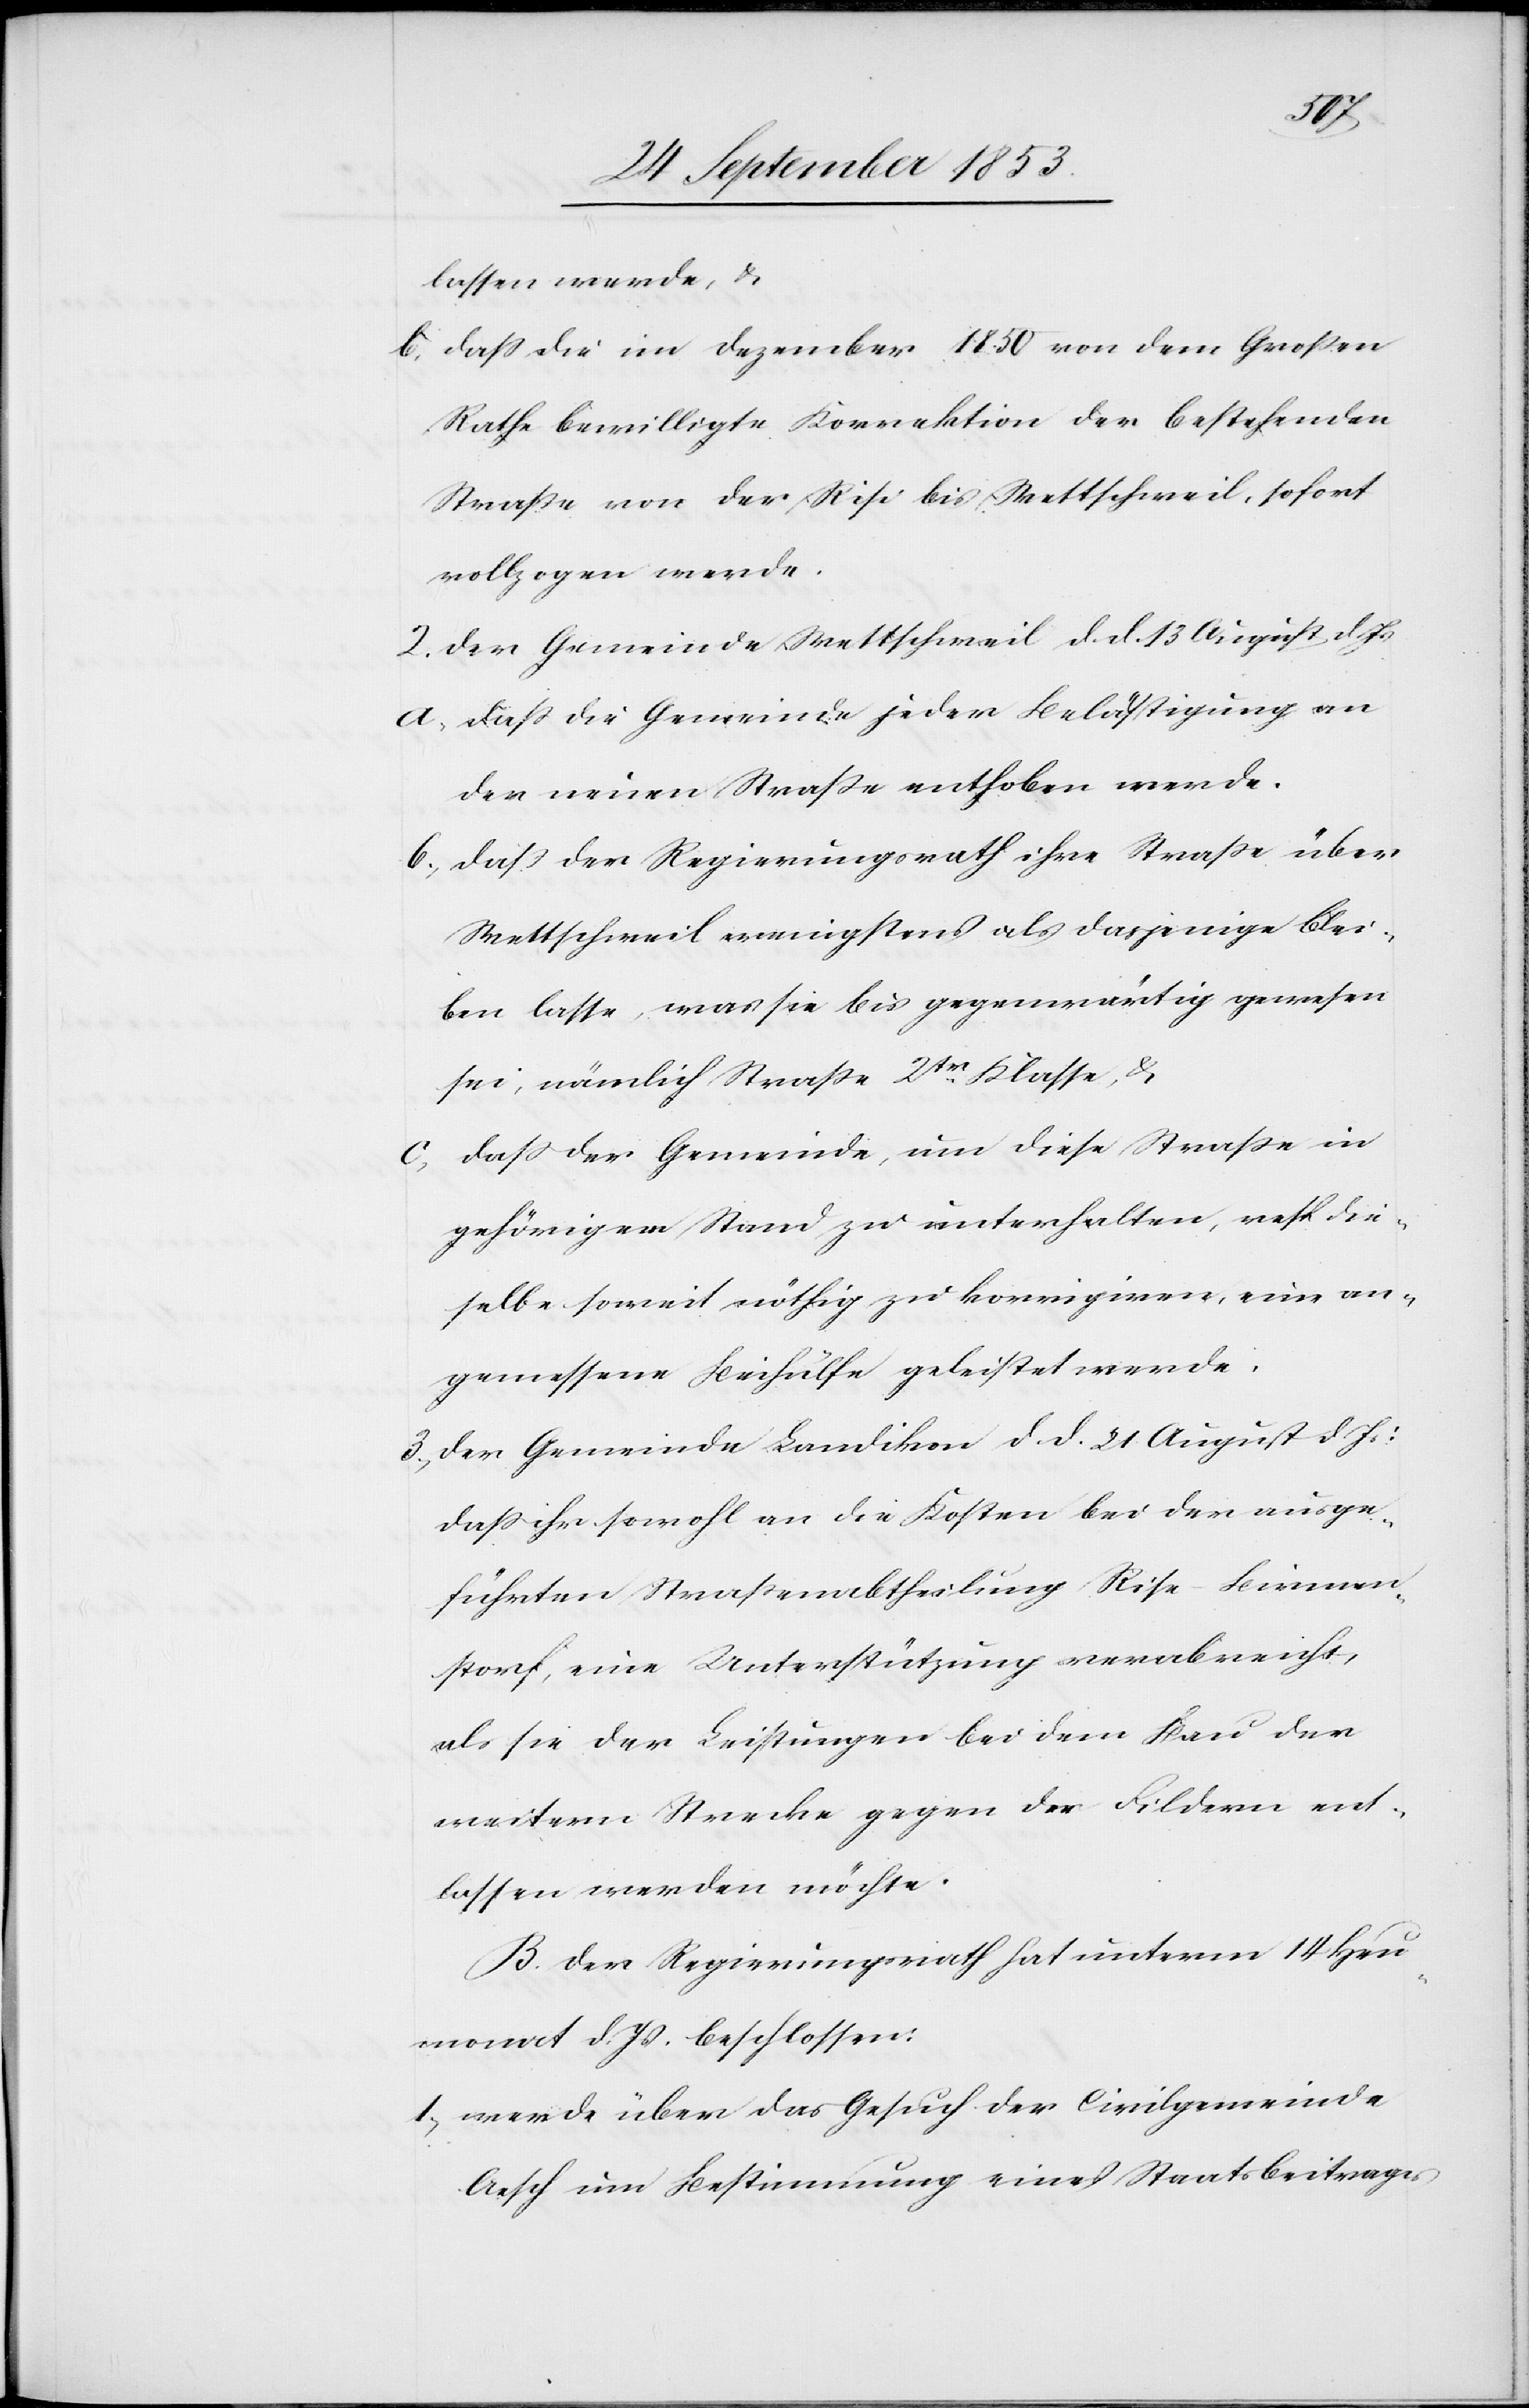
lassen werden, u.
b, daß die in Dezember 1850 von dem Großen
Rathe bewilligte Korrektion der bestehenden
Straße von der Risi bis Wettschweil, sofort
vollzogen werde.
2. Der Gemeinde Wettschweil, d. d. 13 August d. Js.
a, daß die Gemeinde jeder Belästigung an
der neuen Straße enthoben werde.
b, daß der Regierungsrath ihre Straße über
Wettschweil wenigstens als dasjenige Blei¬
ben lasse, was sie bis gegenwärtig gewesen
sei, nämlich Straße 2tr Klasse, u.
c, daß der Gemeinde, um diese Straße in
gehörigem Stand zu unterhalten, resp. die¬
selbe soweit nöthig zu korrigiren, eine an¬
gemessene Beihülfe geleistet werde.
3, Der Gemeinde Landikon d. d. 21 August d. Js.:
daß ihr sowohl an die Kosten bei der ausge¬
führten Straßenabtheilung Rise–Birmen¬
storf, eine Unterstützung verabreicht,
als sie der Leistungen bei dem Bau der
weitern Strecke gegen den Fildern ent¬
lassen werden möchte.
B. Der Regierungsrath hat unterm 14 Heu¬
monat d. Js. beschlossen:
1, werde über das Gesuch der Civilgemeinde
Aesch um Bestimmung eines Staatsbeitrages